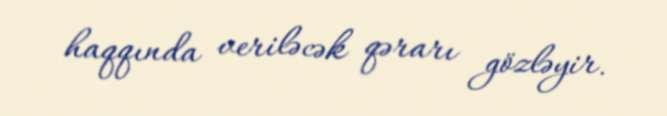
haqqında veriləcək qərarı gözləyir.